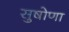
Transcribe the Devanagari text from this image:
सुषोणा